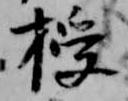
授